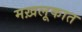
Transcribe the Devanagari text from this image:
मख़लूकात